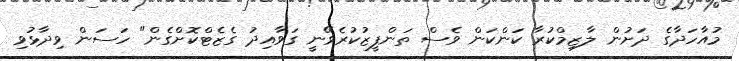
މުއާހަދާގެ ދަށުން ލާޒިމްކުރާ ކަންކަން ވެސް ތަންފީޒުކުރެވޭނީ ގަވާއިދު ގެޒެޓްކޮށްގެން" ހަސަން ވިދާޅުވި